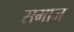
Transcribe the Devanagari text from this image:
समाज